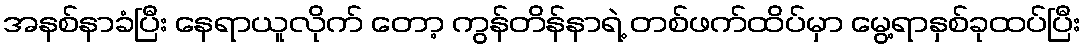
အနစ်နာခံပြီး နေရာယူလိုက် တော့ ကွန်တိန်နာရဲ့ တစ်ဖက်ထိပ်မှာ မွေ့ရာနှစ်ခုထပ်ပြီး